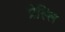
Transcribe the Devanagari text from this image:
प्रेस्लि